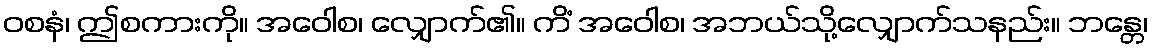
ဝစနံ၊ ဤစကားကို။ အဝေါစ၊ လျှောက်၏။ ကိံ အဝေါစ၊ အဘယ်သို့လျှောက်သနည်း။ ဘန္တေ၊